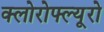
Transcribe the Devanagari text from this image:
क्लोरोफ्ल्यूरो